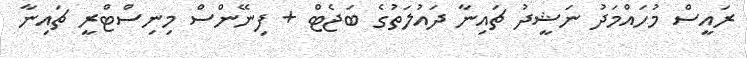
ރައީސް މުހައްމަދު ނަޝީދު ޗައިނާ ދައުލަތުގެ ބަޖެޓް + ފިނޭންސް މިނިސްޓްރީ ޗައިނާ